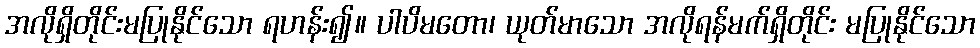
အလိုရှိတိုင်းမပြုနိုင်သော ရဟန်း၍။ ပါပိမတော၊ ယုတ်မာသော အလိုရန်မက်ရှိတိုင်း မပြုနိုင်သော